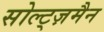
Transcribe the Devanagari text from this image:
सोल्ट्ज़मैन